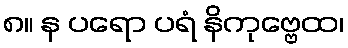
၈။ န ပရော ပရံ နိကုဗ္ဗေထ၊